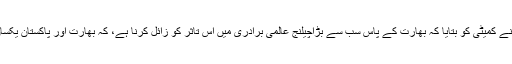
سیکرٹری خارجہ سبرامنیم جے شنکر نے کمیٹی کو بتایا کہ بھارت کے پاس سب سے بڑاچیلنج عالمی برادری میں اس تاثر کو زائل کرنا ہے، کہ بھارت اور پاکستان یکساں طور پر دہشت گردی سے متاثر ہیں۔